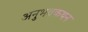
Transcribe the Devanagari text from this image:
अनुभवकथन